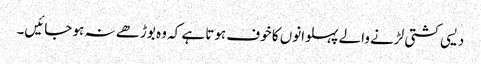
دیسی کشتی لڑنے والے پہلوانوں کا خوف ہوتا ہے کہ وہ بوڑھے نہ ہو جائیں۔